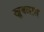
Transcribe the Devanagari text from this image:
खूबलाल